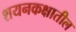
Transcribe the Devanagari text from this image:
शयनकक्षातील